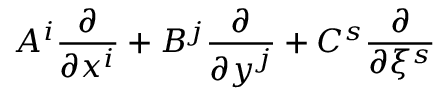
A ^ { i } \frac { \partial } { \partial x ^ { i } } + B ^ { j } \frac { \partial } { \partial y ^ { j } } + C ^ { s } \frac { \partial } { \partial \xi ^ { s } }